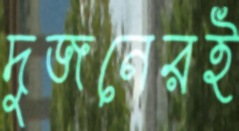
দুজনেরই